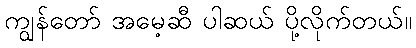
ကျွန်တော် အမေ့ဆီ ပါဆယ် ပို့လိုက်တယ်။